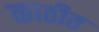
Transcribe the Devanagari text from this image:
काठीत